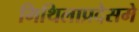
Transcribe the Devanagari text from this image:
मिथिलाप्रदेसमे